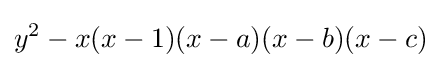
y^{2}-x(x-1)(x-a)(x-b)(x-c)